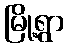
မြို့ရွာ